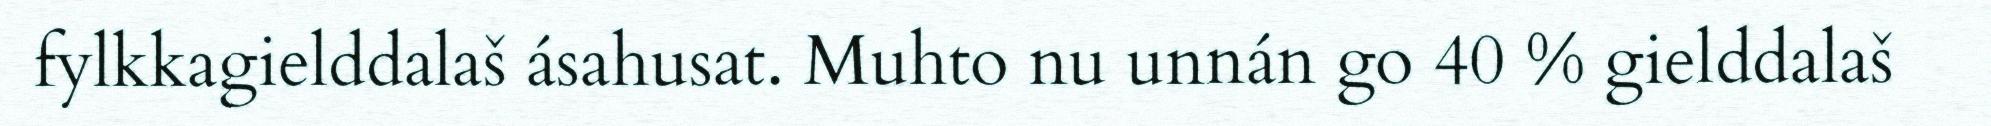
fylkkagielddalaš ásahusat. Muhto nu unnán go 40 % gielddalaš